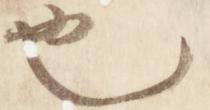
也